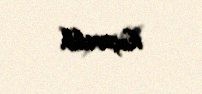
keçirilib.